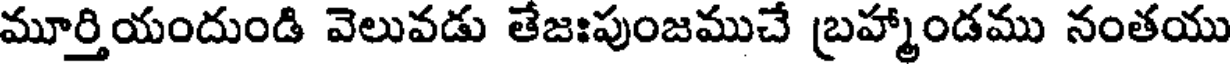
మూర్తియందుండి వెలువడు తేజఃపుంజముచే బ్రహ్మాండము నంతయు